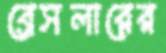
ব্রেসলারের